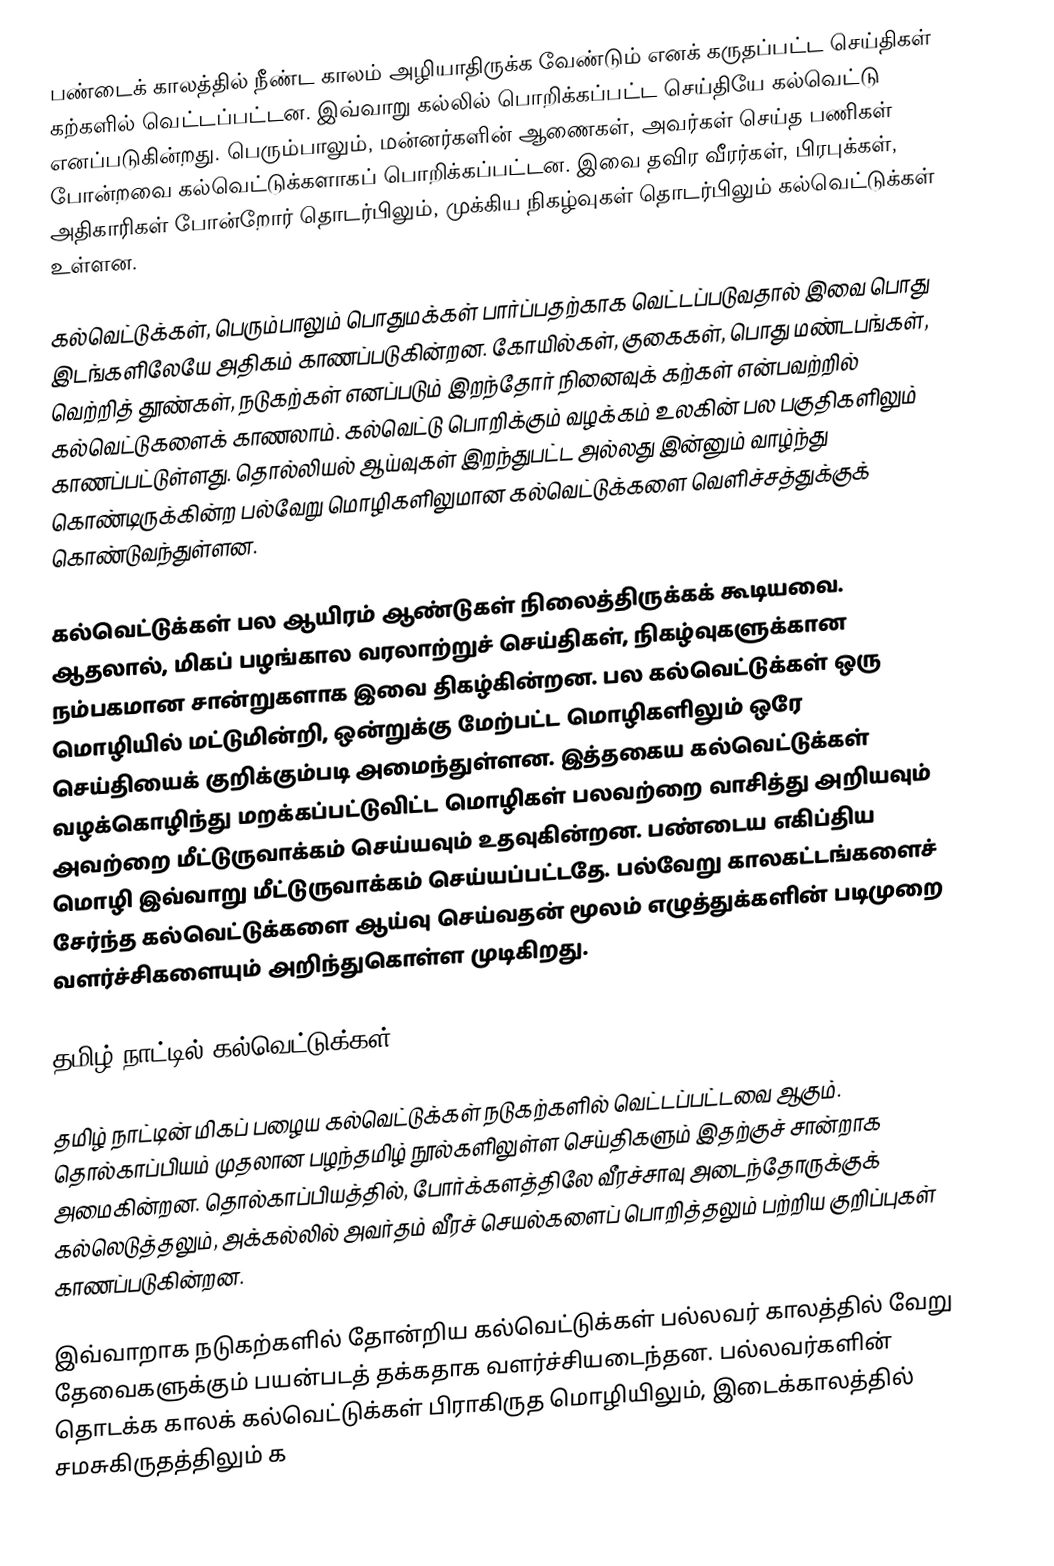
பண்டைக் காலத்தில் நீண்ட காலம் அழியாதிருக்க வேண்டும் எனக் கருதப்பட்ட செய்திகள் கற்களில் வெட்டப்பட்டன. இவ்வாறு கல்லில் பொறிக்கப்பட்ட செய்தியே கல்வெட்டு எனப்படுகின்றது. பெரும்பாலும், மன்னர்களின் ஆணைகள், அவர்கள் செய்த பணிகள் போன்றவை கல்வெட்டுக்களாகப் பொறிக்கப்பட்டன. இவை தவிர வீரர்கள், பிரபுக்கள், அதிகாரிகள் போன்றோர் தொடர்பிலும், முக்கிய நிகழ்வுகள் தொடர்பிலும் கல்வெட்டுக்கள் உள்ளன.

கல்வெட்டுக்கள், பெரும்பாலும் பொதுமக்கள் பார்ப்பதற்காக வெட்டப்படுவதால் இவை பொது இடங்களிலேயே அதிகம் காணப்படுகின்றன. கோயில்கள், குகைகள், பொது மண்டபங்கள், வெற்றித் தூண்கள், நடுகற்கள் எனப்படும் இறந்தோர் நினைவுக் கற்கள் என்பவற்றில் கல்வெட்டுகளைக் காணலாம். கல்வெட்டு பொறிக்கும் வழக்கம் உலகின் பல பகுதிகளிலும் காணப்பட்டுள்ளது. தொல்லியல் ஆய்வுகள் இறந்துபட்ட அல்லது இன்னும் வாழ்ந்து கொண்டிருக்கின்ற பல்வேறு மொழிகளிலுமான கல்வெட்டுக்களை வெளிச்சத்துக்குக் கொண்டுவந்துள்ளன.

கல்வெட்டுக்கள் பல ஆயிரம் ஆண்டுகள் நிலைத்திருக்கக் கூடியவை. ஆதலால், மிகப் பழங்கால வரலாற்றுச் செய்திகள், நிகழ்வுகளுக்கான நம்பகமான சான்றுகளாக இவை திகழ்கின்றன. பல கல்வெட்டுக்கள் ஒரு மொழியில் மட்டுமின்றி, ஒன்றுக்கு மேற்பட்ட மொழிகளிலும் ஒரே செய்தியைக் குறிக்கும்படி அமைந்துள்ளன. இத்தகைய கல்வெட்டுக்கள் வழக்கொழிந்து மறக்கப்பட்டுவிட்ட மொழிகள் பலவற்றை வாசித்து அறியவும் அவற்றை மீட்டுருவாக்கம் செய்யவும் உதவுகின்றன. பண்டைய எகிப்திய மொழி இவ்வாறு மீட்டுருவாக்கம் செய்யப்பட்டதே. பல்வேறு காலகட்டங்களைச் சேர்ந்த கல்வெட்டுக்களை ஆய்வு செய்வதன் மூலம் எழுத்துக்களின் படிமுறை வளர்ச்சிகளையும் அறிந்துகொள்ள முடிகிறது.

தமிழ் நாட்டில் கல்வெட்டுக்கள்

தமிழ் நாட்டின் மிகப் பழைய கல்வெட்டுக்கள் நடுகற்களில் வெட்டப்பட்டவை ஆகும். தொல்காப்பியம் முதலான பழந்தமிழ் நூல்களிலுள்ள செய்திகளும் இதற்குச் சான்றாக அமைகின்றன. தொல்காப்பியத்தில், போர்க்களத்திலே வீரச்சாவு அடைந்தோருக்குக் கல்லெடுத்தலும், அக்கல்லில் அவர்தம் வீரச் செயல்களைப் பொறித்தலும் பற்றிய குறிப்புகள் காணப்படுகின்றன.

இவ்வாறாக நடுகற்களில் தோன்றிய கல்வெட்டுக்கள் பல்லவர் காலத்தில் வேறு தேவைகளுக்கும் பயன்படத் தக்கதாக வளர்ச்சியடைந்தன. பல்லவர்களின் தொடக்க காலக் கல்வெட்டுக்கள் பிராகிருத மொழியிலும், இடைக்காலத்தில் சமசுகிருதத்திலும் க